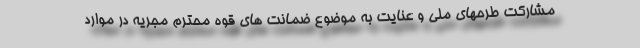
مشاركت طرحهاي ملي و عنايت به موضوع ضمانت هاي قوه محترم مجريه در موارد